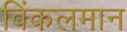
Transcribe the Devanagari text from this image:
विंकलमान